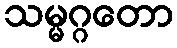
သမ္မဂ္ဂတော